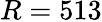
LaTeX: R=513